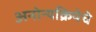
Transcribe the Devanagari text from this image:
अनोन्यक्रियेचे